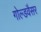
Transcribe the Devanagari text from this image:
गोल्डवैसर